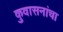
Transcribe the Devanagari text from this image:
कुवासनांचा